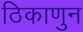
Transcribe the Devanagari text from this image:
ठिकाणुन